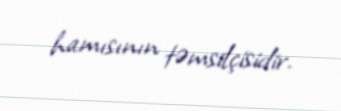
hamısının təmsilçisidir.